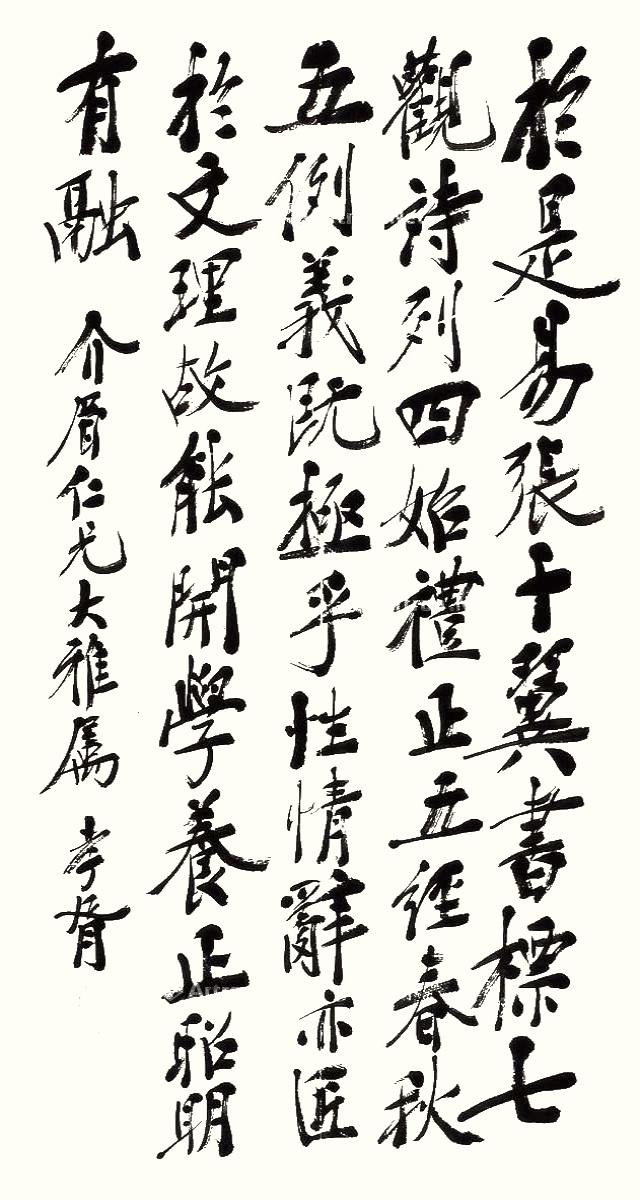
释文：于是易张十翼，书标七观，诗列四始，礼正五经，春秋五例，义既极乎性情，辞亦匠于文理，故能开学养正，昭明有融。介眉仁兄大雅属，孝胥。